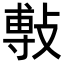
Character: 𭤅